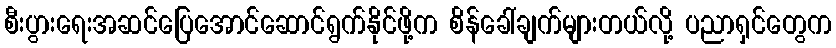
စီးပွားရေးအဆင်ပြေအောင်ဆောင်ရွက်နိုင်ဖို့က စိန်ခေါ်ချက်များတယ်လို့ ပညာရှင်တွေက